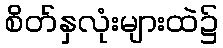
စိတ်နှလုံးများထဲ၌